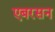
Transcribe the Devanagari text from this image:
एबरसन